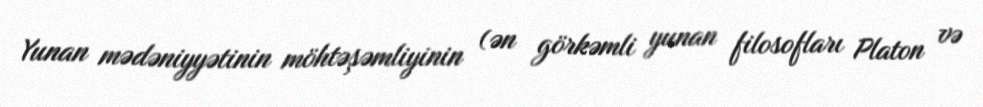
Yunan mədəniyyətinin möhtəşəmliyinin (ən görkəmli yunan filosofları Platon və